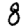
Digit: 8